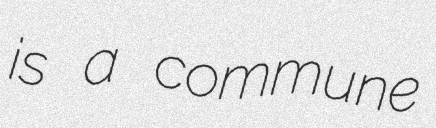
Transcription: is a commune